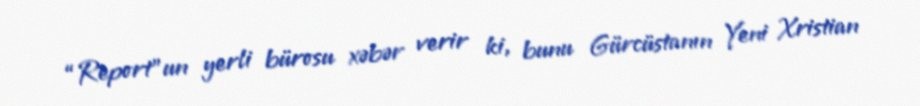
“Report”un yerli bürosu xəbər verir ki, bunu Gürcüstanın Yeni Xristian